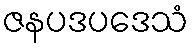
ဇနပဒပဒေသံ